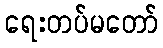
ရေးတပ်မတော်